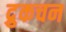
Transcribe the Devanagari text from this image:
द्रुकचन